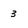
Character: 3